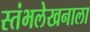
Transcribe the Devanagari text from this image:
स्तंभलेखनाला